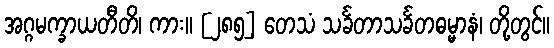
အဂ္ဂမက္ခာယတီတိ၊ ကား။ [၂၈၅] တေသံ သင်္ခတာသင်္ခတဓမ္မာနံ၊ တို့တွင်။